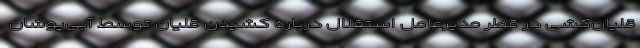
قلیان‌کشی در قطر مدیرعامل استقلال درباره کشیدن قلیان توسط آبی‌پوشان